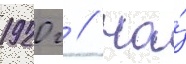
1920 г // На́